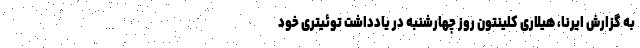
به گزارش ایرنا، هیلاری کلینتون روز چهارشنبه در یادداشت توئیتری خود